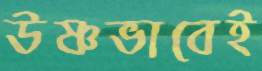
উষ্ণভাবেই